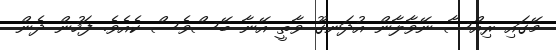
މޭގައި ރިއްސާ ނޭވާލާން އުދަނގޫ ވާތީ އޭނާ ބޭސްވެސް ކެއެވެ. ފަހުން ދެން